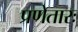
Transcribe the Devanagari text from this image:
प्रणेतारः